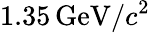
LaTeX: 1.35\, \mathrm{GeV}/c^{2}